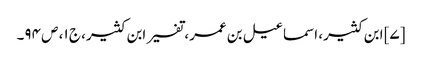
[۷] ابن کثیر، اسماعیل بن عمر، تفسیر ابن کثیر، ج ۱، ص ۹۴۔